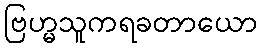
ဗြဟ္မသူကရခတာယော